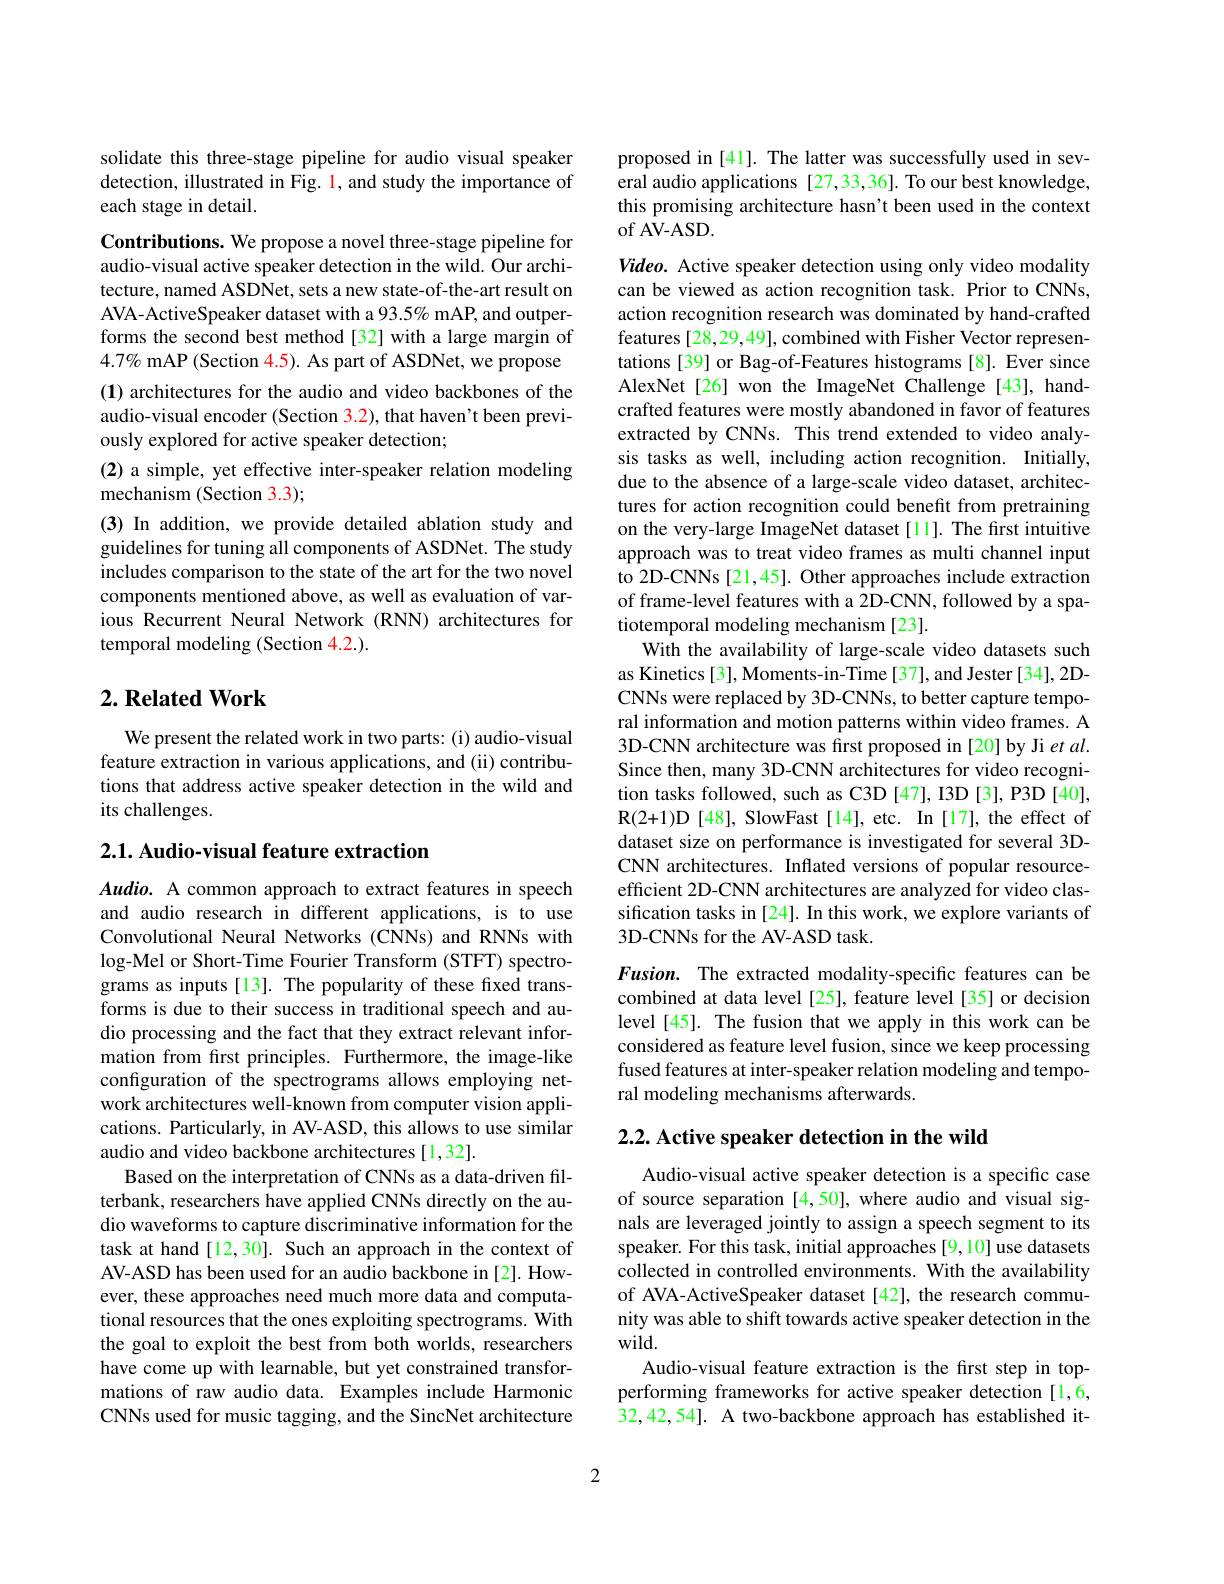
solidate this three-stage pipeline for audio visual speaker detection, illustrated in Fig. 1, and study the importance of each stage in detail.

Contributions. We propose a novel three-stage pipeline for audio-visual active speaker detection in the wild. Our architecture, named ASDNet, sets a new state-of-the-art result on AVA-ActiveSpeaker dataset with a 93.5% mAP, and outperforms the second best method[32] with a large margin of $4.7\%$ mAP (Section 4.5). As part of ASDNet, we propose (1) architectures for the audio and video backbones of the audio-visual encoder (Section 3.2), that haven't been previously explored for active speaker detection;
(2) a simple, yet effective inter-speaker relation modeling
mechanism (Section 3.3);
(3) In addition, we provide detailed ablation study and guidelines for tuning all components of ASDNet. The study includes comparison to the state of the art for the two novel components mentioned above, as well as evaluation of various Recurrent Neural Network (RNN) architectures for temporal modeling (Section 4.2.).

## $2. \textbf{Related Work}$

We present the related work in two parts: (i) audio-visual feature extraction in various applications, and (ii) contributions that address active speaker detection in the wild and its challenges.

## $2. 1. \textbf{ Audio- visual feature extraction}$

Audio. A common approach to extract features in speech and audio research in different applications, is to use Convolutional Neural Networks (CNNs) and RNNs with log-Mel or Short-Time Fourier Transform (STFT) spectrograms as inputs[13]. The popularity of these fixed transforms is due to their success in traditional speech and audio processing and the fact that they extract relevant information from frst principles. Furthermore, the image-like configuration of the spectrograms allows employing network architectures well-known from computer vision applications. Particularly, in AV-ASD, this allows to use similar audio and video backbone architectures [1,32].
Based on the interpretation of CNNs as a data-driven filterbank, researchers have applied CNNs directly on the audio waveforms to capture discriminative information for the task at hand[12,30]. Such an approach in the context of AV-ASD has been used for an audio backbone in [2]. However, these approaches need much more data and computational resources that the ones exploiting spectrograms. With the goal to exploit the best from both worlds, researchers have come up with learnable, but yet constrained transformations of raw audio data. Examples include Harmonic CNNs used for music tagging, and the SincNet architecture

proposed in [41]. The latter was successfully used in several audio applications [27,33,36]. To our best knowledge, this promising architecture hasn't been used in the context of AV-ASD

Video. Active speaker detection using only video modality can be viewed as action recognition task. Prior to CNNs, action recognition research was dominated by hand-crafted features [28,29,49], combined with Fisher Vector representations [39] or Bag-of-Features histograms [8]. Ever since AlexNet[26] won the ImageNet Challenge [43], handcrafted features were mostly abandoned in favor of features extracted by CNNs. This trend extended to video analysis tasks as well, including action recognition. Initially, due to the absence of a large-scale video dataset, architectures for action recognition could benefit from pretraining on the very-large ImageNet dataset [11]. The first intuitive approach was to treat video frames as multi channel input to 2D-CNNs [21,45]. Other approaches include extraction of frame-level features with a 2D-CNN, followed by a spatiotemporal modeling mechanism [23].
With the availability of large-scale video datasets such as Kinetics [3], Moments-in-Time [37], and Jester [34], 2DCNNs were replaced by 3D-CNNs, to better capture temporal information and motion patterns within video frames. A 3D-CNN architecture was first proposed in [20] by Ji et al. Since then, many 3D-CNN architectures for video recognition tasks followed, such as C3D [47], I3D [3], P3D [40]. R(2+1)D[48], SlowFast[14], etc. In[17], the effect of dataset size on performance is investigated for several 3DCNN architectures. Inflated versions of popular resourceefficient 2D-CNN architectures are analyzed for video classification tasks in [24]. In this work, we explore variants of 3D-CNNs for the AV-ASD task.
Fusion. The extracted modality-specific features can be combined at data level [25], feature level [35] or decision level [45]. The fusion that we apply in this work can be considered as feature level fusion, since we keep processing fused features at inter-speaker relation modeling and temporal modeling mechanisms afterwards.

2.2. Active speaker detection in the wild

Audio-visual active speaker detection is a specific case of source separation [4,50], where audio and visual signals are leveraged jointly to assign a speech segment to its speaker. For this task, initial approaches [9,10] use datasets collected in controlled environments. With the availability of AVA-ActiveSpeaker dataset [42], the research community was able to shift towards active speaker detection in the $wild.$
Audio-visual feature extraction is the first step in topperforming frameworks for active speaker detection [1,6, 32,42,54]. A two-backbone approach has established it-

2